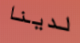
لدينا